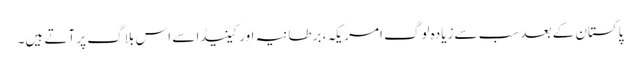
پاکستان کے بعد سب سےزیادہ لوگ امریکہ، برطانیہ اور کینیڈا سے اس بلاگ پر آتے ہیں۔